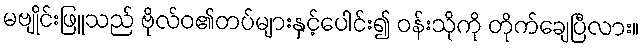
မဗျိုင်းဖြူသည် ဗိုလ်ဝ၏တပ်များနှင့်ပေါင်း၍ ဝန်းသိုကို တိုက်ချေပြီလား။